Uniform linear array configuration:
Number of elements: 48
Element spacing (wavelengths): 0.25
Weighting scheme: hann
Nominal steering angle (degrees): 15
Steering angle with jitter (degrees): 16.469
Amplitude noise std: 0.05
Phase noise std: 0.05

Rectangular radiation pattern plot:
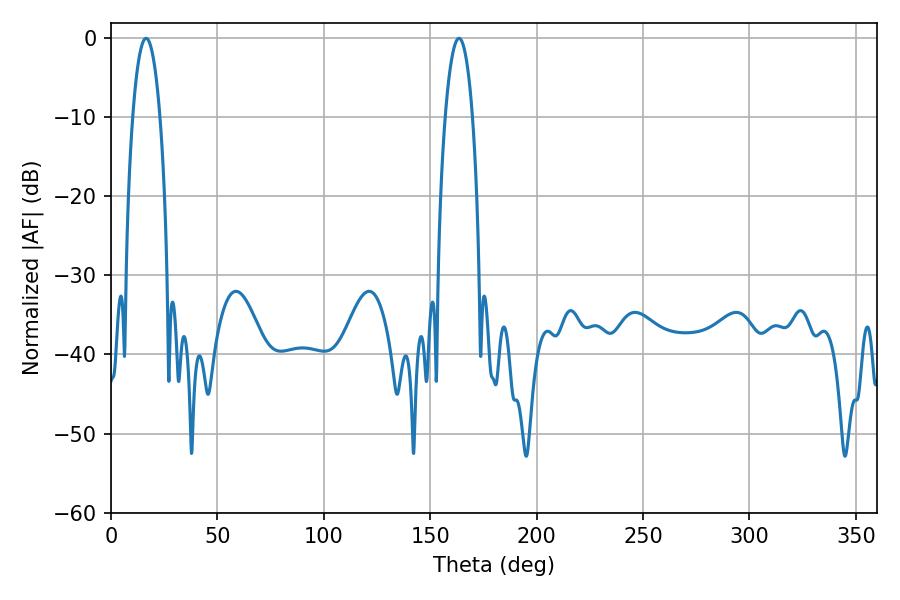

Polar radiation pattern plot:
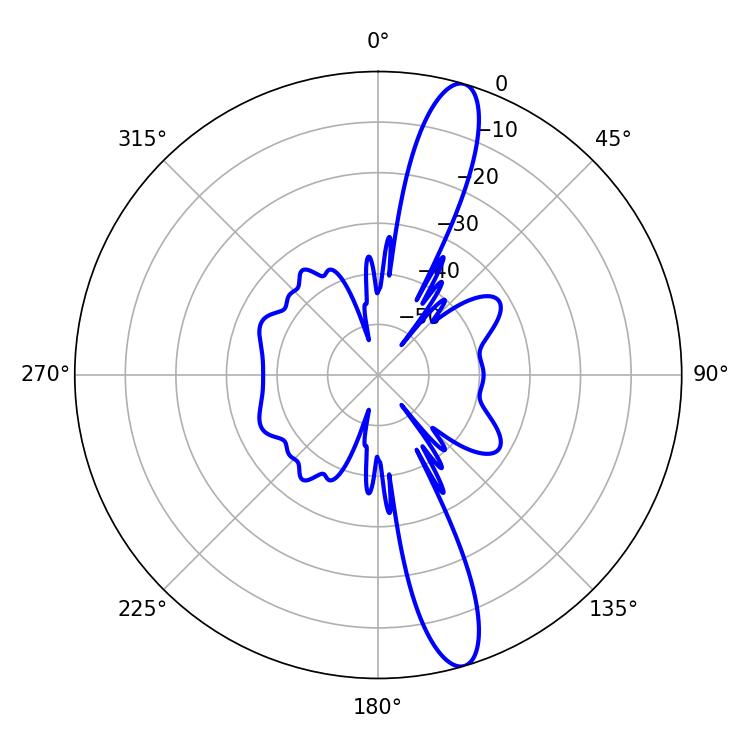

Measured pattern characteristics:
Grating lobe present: FALSE
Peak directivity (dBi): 14.212
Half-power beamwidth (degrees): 7.2
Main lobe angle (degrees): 16.56